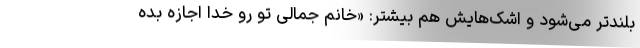
بلندتر می‌شود و اشک‌هایش هم بیشتر: «خانم جمالی تو رو خدا اجازه بده